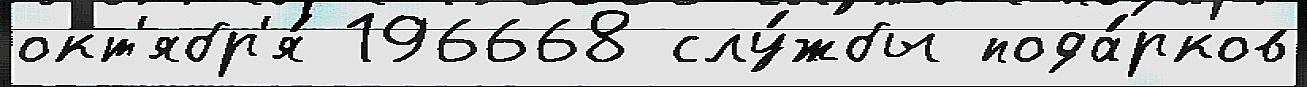
окт'ябр'я́ 196668 слу́жбы пода́рков